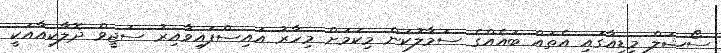
ސޯޝަލް މީޑިއާގައި އެތައް ބައެއްގެ ސަމާލުކަން މިކަމަށް މިހާރު އައިސްފައިވާއިރު ސަޖީވް ދޮލާކިއާއަކީ